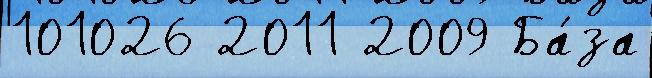
101026 2011 2009 Ба́за